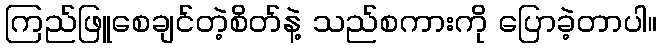
ကြည်ဖြူစေချင်တဲ့စိတ်နဲ့ သည်စကားကို ပြောခဲ့တာပါ။